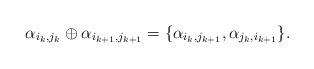
LaTeX: \begin{align*}\alpha_{i_k, j_k} \oplus \alpha_{i_{k+1}, j_{k+1}} = \{ \alpha_{i_k, j_{k+1}}, \alpha_{j_k, i_{k+1}} \}.\end{align*}